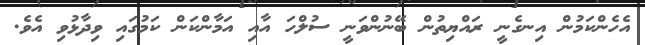
އެހެންކަމުން އިނގެނީ ރައްޔިތުން ބޭނުންވަނީ ސުލްހަ އާއި އަމާންކަން ކަމުގައި ވިދާޅުވި އެވެ.